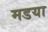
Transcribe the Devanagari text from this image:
मडया